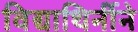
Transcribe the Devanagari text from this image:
विद्याथिर्नीने